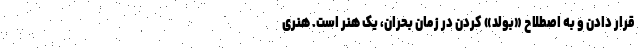
قرار دادن و به اصطلاح «بولد» کردن در زمان بحران، یک هنر است. هنری